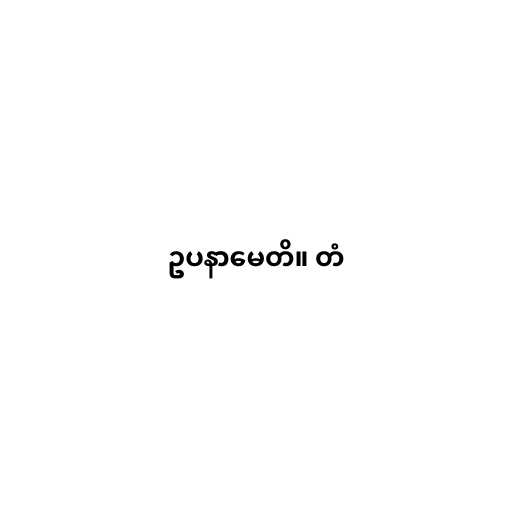
ဥပနာမေတိ။ တံ